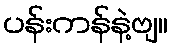
ပန်းကန်နဲ့ဗျ။